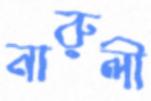
নারুলী